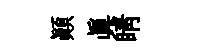
顛真睛